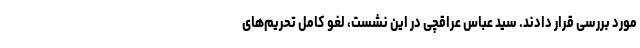
مورد بررسی قرار دادند. سید عباس عراقچی در این نشست، لغو کامل تحریم‌های